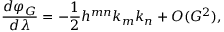
\frac { d \varphi _ { G } } { d \lambda } = - \frac { 1 } { 2 } h ^ { m n } k _ { m } k _ { n } + { \cal O } ( G ^ { 2 } ) ,